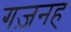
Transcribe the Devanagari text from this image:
गज़नह